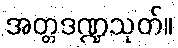
အတ္တဒဏ္ဍသုတ်။